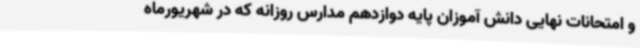
و امتحانات نهایی دانش آموزان پایه دوازدهم مدارس روزانه که در شهریورماه